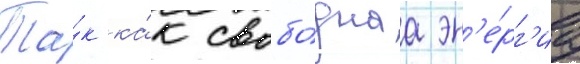
Та́к ка́к свобо́днаа эн'е́рг'иа